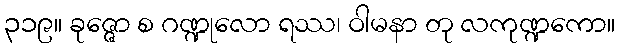
၃၁၉။ ခုဇ္ဇော စ ဂဏ္ဍုလော ရဿ၊ ဝါမနာ တု လကုဏ္ဍကော။